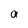
Character: a